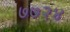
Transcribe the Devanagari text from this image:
७७२४